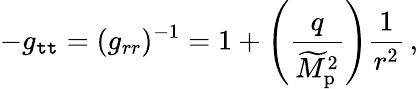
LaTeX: -g_{\mathtt{t}\mathtt{t}}=(g_{rr})^{-1}=1+\left({\frac{{q}}{{\widetilde{{M}}_{\mathrm{{p}}}^{2}}}}\right){\frac{{1}}{{r^{2}}}}\, ,